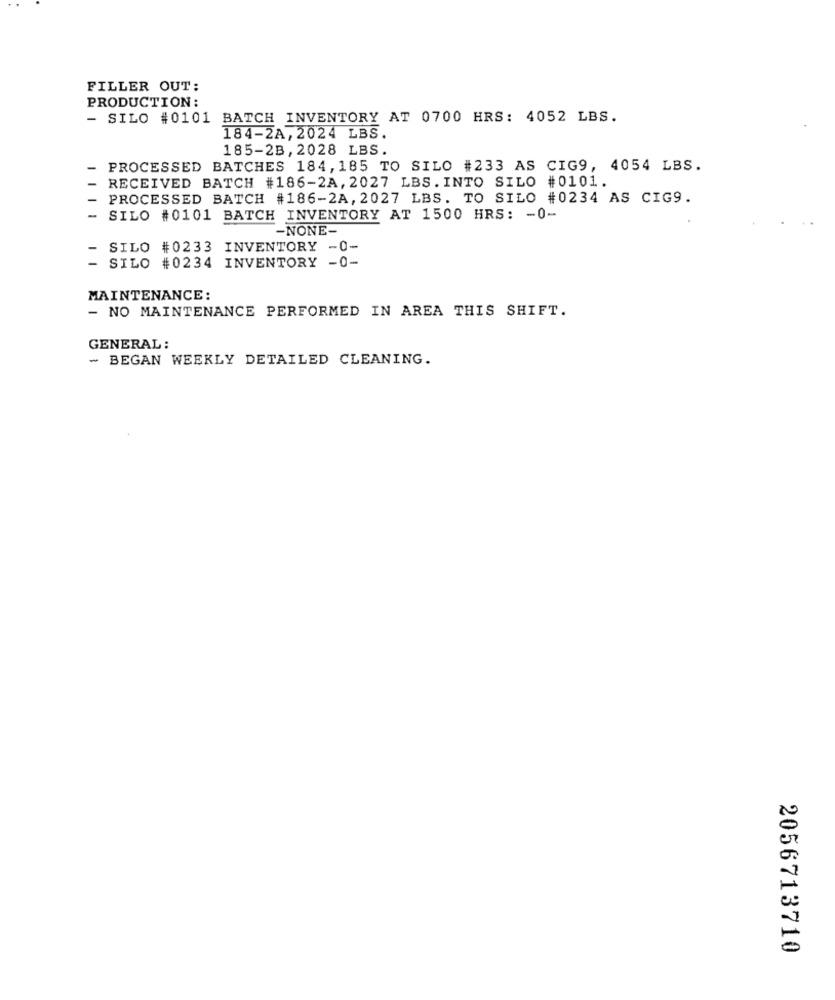
FILLER OUT:
PRODUCTION:
- SILO #0101 BATCH INVENTORY AT 0700 HRS: 4052 LBS.
184-2A, 2024 LBS.
185-2B,2028 LBS.
PROCESSED BATCHES 184, 185 TO SILO #233 AS CIG9, 4054 LBS.
RECEIVED BATCH #186-2A, 2027 LBS. INTO SILO #0101.
PROCESSED BATCH #186-2A, 2027 LBS. TO SILO #0234 AS CIG9.
SILO #0101 BATCH INVENTORY AT 1500 HRS: - 0-
-NONE-
SILO #0233 INVENTORY -0-
SILO #0234 INVENTORY -0-
MAINTENANCE:
- NO MAINTENANCE PERFORMED IN AREA THIS SHIFT.
GENERAL:
- BEGAN WEEKLY DETAILED CLEANING.
2056713710